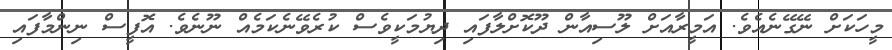
މީހަކަށް ނޭގޭނެއެވެ. އަމީރާއަށް ލޫސިއާން ދޫކޮށްލާފައި ދިޔުމަކީވެސް ކުރެވޭނެކަމެއް ނޫނެވެ. އޮފީސް ނިންމާފައި